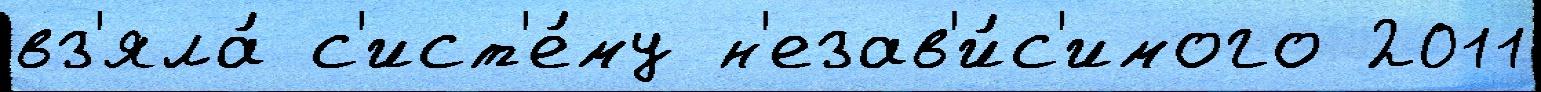
вз'яла́ с'ист'е́му н'езав'и́с'имого 2011